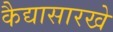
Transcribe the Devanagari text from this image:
कैद्यासारखे